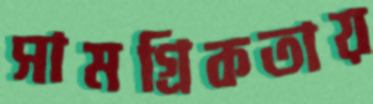
সামগ্রিকতায়